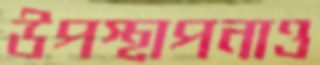
উপস্থাপনাও